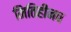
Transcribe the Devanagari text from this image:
मितिहीनच